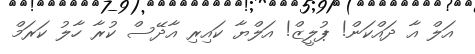
އަލް އާ ދައްކަން! ޕުލީޒް! އަލްޔާ ކައިރި އާދޭސް ކުރާ ހާލު ކަރަމް